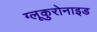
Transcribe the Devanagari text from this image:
ग्लूकुरोनाइड